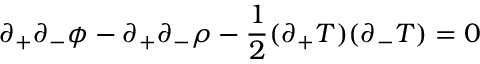
\partial _ { + } \partial _ { - } \phi - \partial _ { + } \partial _ { - } \rho - \frac { 1 } { 2 } ( \partial _ { + } T ) ( \partial _ { - } T ) = 0